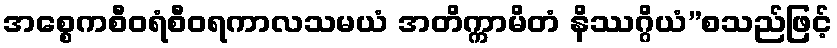
အစ္စေကစီဝရံစီဝရကာလသမယံ အတိက္ကာမိတံ နိဿဂ္ဂိယံ”စသည်ဖြင့်